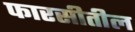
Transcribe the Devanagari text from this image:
फारसीतील